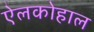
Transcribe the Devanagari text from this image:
ऐलकोहाल